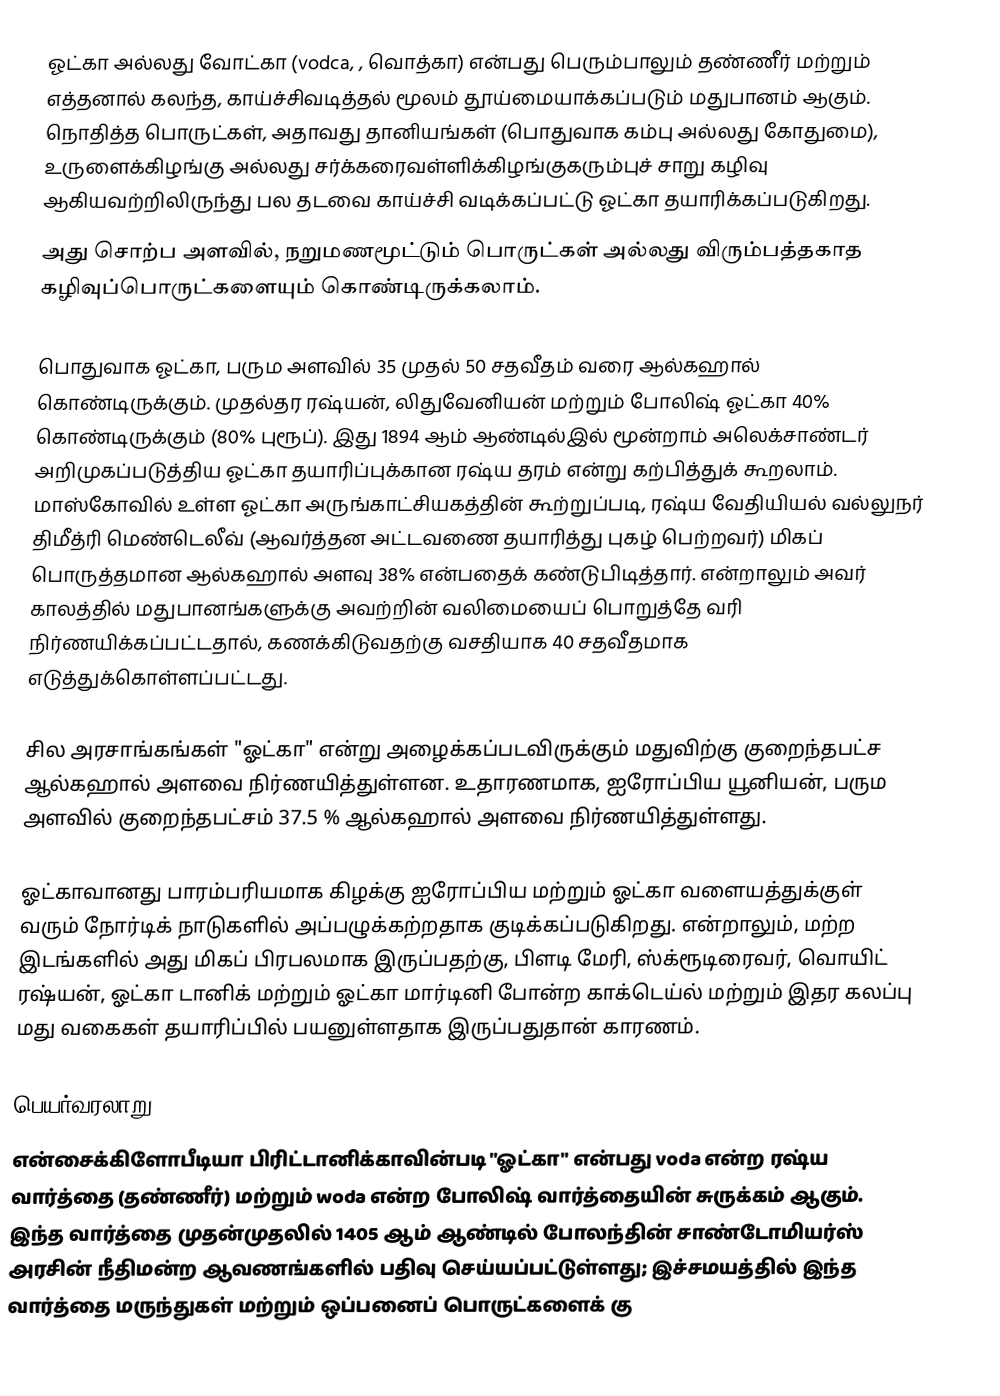
ஓட்கா அல்லது வோட்கா (vodca, , வொத்கா) என்பது பெரும்பாலும் தண்ணீர் மற்றும் எத்தனால் கலந்த, காய்ச்சிவடித்தல் மூலம் தூய்மையாக்கப்படும் மதுபானம் ஆகும். நொதித்த பொருட்கள், அதாவது தானியங்கள் (பொதுவாக கம்பு அல்லது கோதுமை), உருளைக்கிழங்கு அல்லது சர்க்கரைவள்ளிக்கிழங்குகரும்புச் சாறு கழிவு ஆகியவற்றிலிருந்து பல தடவை காய்ச்சி வடிக்கப்பட்டு ஓட்கா தயாரிக்கப்படுகிறது.
அது சொற்ப அளவில், நறுமணமூட்டும் பொருட்கள் அல்லது விரும்பத்தகாத கழிவுப்பொருட்களையும் கொண்டிருக்கலாம்.

பொதுவாக ஓட்கா, பரும அளவில் 35 முதல் 50 சதவீதம் வரை ஆல்கஹால் கொண்டிருக்கும். முதல்தர ரஷ்யன், லிதுவேனியன் மற்றும் போலிஷ் ஓட்கா 40% கொண்டிருக்கும் (80% புரூப்). இது 1894 ஆம் ஆண்டில்இல் மூன்றாம் அலெக்சாண்டர் அறிமுகப்படுத்திய ஓட்கா தயாரிப்புக்கான ரஷ்ய தரம் என்று கற்பித்துக் கூறலாம். மாஸ்கோவில் உள்ள ஓட்கா அருங்காட்சியகத்தின் கூற்றுப்படி, ரஷ்ய வேதியியல் வல்லுநர் திமீத்ரி மெண்டெலீவ் (ஆவர்த்தன அட்டவணை தயாரித்து புகழ் பெற்றவர்) மிகப் பொருத்தமான ஆல்கஹால் அளவு 38% என்பதைக் கண்டுபிடித்தார். என்றாலும் அவர் காலத்தில் மதுபானங்களுக்கு அவற்றின் வலிமையைப் பொறுத்தே வரி நிர்ணயிக்கப்பட்டதால், கணக்கிடுவதற்கு வசதியாக 40 சதவீதமாக எடுத்துக்கொள்ளப்பட்டது.

சில அரசாங்கங்கள் "ஓட்கா" என்று அழைக்கப்படவிருக்கும் மதுவிற்கு குறைந்தபட்ச ஆல்கஹால் அளவை நிர்ணயித்துள்ளன. உதாரணமாக, ஐரோப்பிய யூனியன், பரும அளவில் குறைந்தபட்சம் 37.5 % ஆல்கஹால் அளவை நிர்ணயித்துள்ளது.

ஓட்காவானது பாரம்பரியமாக கிழக்கு ஐரோப்பிய மற்றும் ஓட்கா வளையத்துக்குள் வரும் நோர்டிக் நாடுகளில் அப்பழுக்கற்றதாக குடிக்கப்படுகிறது. என்றாலும், மற்ற இடங்களில் அது மிகப் பிரபலமாக இருப்பதற்கு, பிளடி மேரி, ஸ்க்ரூடிரைவர், வொயிட் ரஷ்யன், ஓட்கா டானிக் மற்றும் ஓட்கா மார்டினி போன்ற காக்டெய்ல் மற்றும் இதர கலப்பு மது வகைகள் தயாரிப்பில் பயனுள்ளதாக இருப்பதுதான் காரணம்.

பெயர்வரலாறு
என்சைக்கிளோபீடியா பிரிட்டானிக்காவின்படி "ஓட்கா" என்பது voda என்ற ரஷ்ய வார்த்தை (தண்ணீர்) மற்றும் woda என்ற போலிஷ் வார்த்தையின் சுருக்கம் ஆகும். இந்த வார்த்தை முதன்முதலில் 1405 ஆம் ஆண்டில் போலந்தின் சாண்டோமியர்ஸ் அரசின் நீதிமன்ற ஆவணங்களில் பதிவு செய்யப்பட்டுள்ளது; இச்சமயத்தில் இந்த வார்த்தை மருந்துகள் மற்றும் ஒப்பனைப் பொருட்களைக் கு